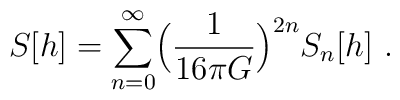
S[h] = \sum^{\infty}_{n= 0} \Bigl( \frac{1}{16 \pi G} \Bigr)^{2n} S_n[h]  \ .